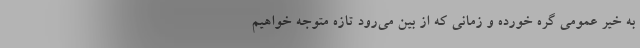
به خیر عمومی گره خورده و زمانی که از بین می‌رود تازه متوجه خواهیم